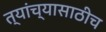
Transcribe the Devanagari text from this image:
त्यांच्यासाठीच